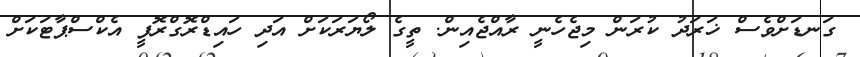
ގަނޑަށްވެސް ޚަރަދު ކުރަން މިޖެހެނީ ރާއްޖެއިން. ތީގެ ލޯޔަރަކަށް އަދި ހައިޑްރޮގްރޮފީ އެކްސްޕާޓަކަށް